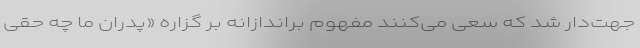
جهت‌دار شد که سعی می‌کنند مفهوم براندازانه بر گزاره «پدران ما چه حقی